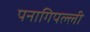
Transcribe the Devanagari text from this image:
पनागिपल्ली